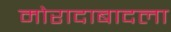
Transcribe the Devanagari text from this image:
मोरादाबादला